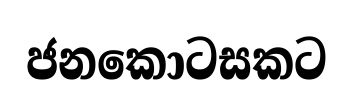
ජනකොටසකට